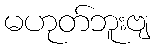
မဟုတ်ဘူးဗျ